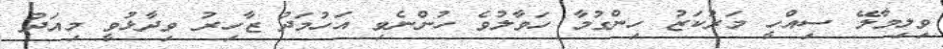
ވިލިމާލޭ ސިއްހީ މަރުކަޒު ހިންގުމާ ހަވާލުވެ ހުންނެވި އަހުމަދު ޒާހިރު ވިދާޅުވީ މިއަދު